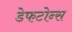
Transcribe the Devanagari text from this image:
डेफटोन्स